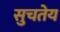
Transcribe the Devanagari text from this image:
सुचतेय